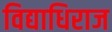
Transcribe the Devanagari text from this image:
विद्याधिराज